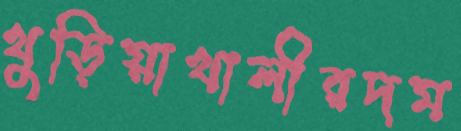
খুড়িয়াখালীরদম